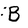
Character: B